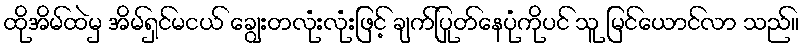
ထိုအိမ်ထဲမှ အိမ်ရှင်မငယ် ချွေးတလုံးလုံးဖြင့် ချက်ပြုတ်နေပုံကိုပင် သူ မြင်ယောင်လာ သည်။